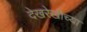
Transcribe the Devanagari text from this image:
देखरेखीच्या